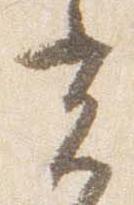
光